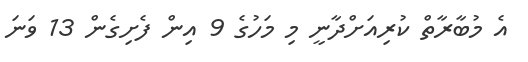
އެ މުބާރާތް ކުރިއަށްދާނީ މި މަހުގެ 9 އިން ފެށިގެން 13 ވަނަ